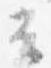
云